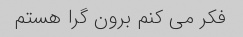
فکر می کنم برون گرا هستم